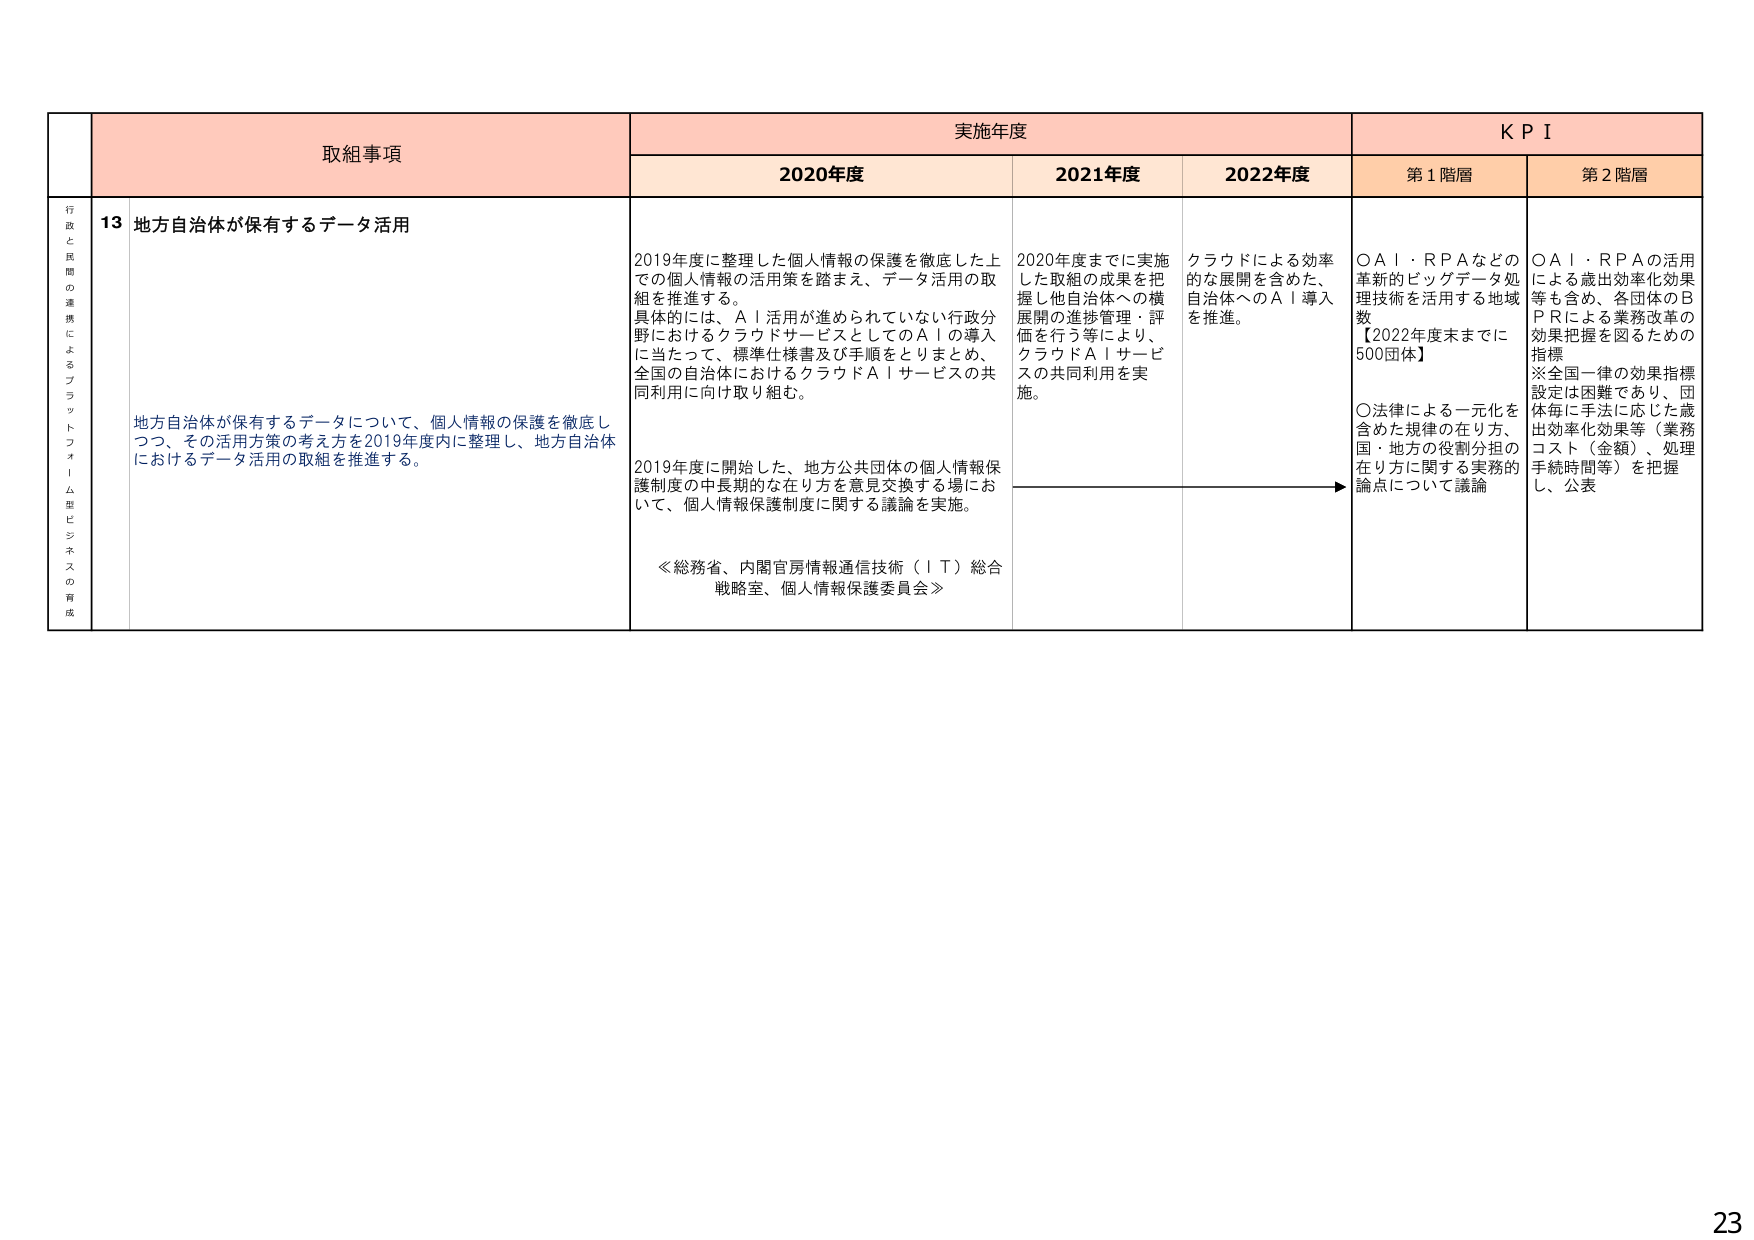
取組事項
実施年度
KPI

2020年度
2021年度
2022年度
第1階層
第2階層

行政と民間の連携によるプラットフォーム型ビジネスの育成

13 地方自治体が保有するデータ活用

地方自治体が保有するデータについて、個人情報の保護を徹底しつつ、その活用方策の考え方を2019年度内に整理し、地方自治体におけるデータ活用の取組を推進する。

2019年度に整理した個人情報の保護を徹底した上での個人情報の活用策を踏まえ、データ活用の取組を推進する。
具体的には、AI活用が進められていない行政分野におけるクラウドサービスとしてのAIの導入に当たって、標準仕様書及び手順をとりまとめ、全国の自治体におけるクラウドAIサービスの共同利用に向け取り組む。

2019年度に開始した、地方公共団体の個人情報保護制度の中長期的な在り方を意見交換する場において、個人情報保護制度に関する議論を実施。

≪総務省、内閣官房情報通信技術（IT）総合戦略室、個人情報保護委員会≫

2020年度までに実施した取組の成果を把握し他自治体への横展開の進捗管理・評価を行う等により、クラウドAIサービスの共同利用を実施。

クラウドによる効率的な展開を含めた、自治体へのAI導入を推進。

○AI・RPAなどの革新的ビッグデータ処理技術を活用する地域数
【2022年度末までに500団体】

○法律による一元化を含めた規律の在り方、国・地方の役割分担の在り方に関する実務的論点について議論

○AI・RPAの活用による歳出効率化効果等も含め、各団体のBPRによる業務改革の効果把握を図るための指標
※全国一律の効果指標設定は困難であり、団体毎に手法に応じた歳出効率化効果等（業務コスト（金額）、処理手続時間等）を把握し、公表

23